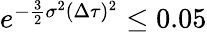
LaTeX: \begin{array}{r}{e^{-\frac{3}{2}\sigma^{2}(\Delta\tau)^{2}}\leq 0.05}\end{array}